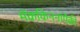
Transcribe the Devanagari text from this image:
मॅककिननांपैकी